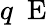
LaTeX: q\mathrm{~\mathbf~E~}